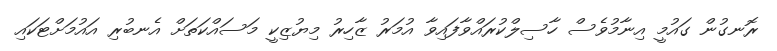
ރޮނގުން ގައުމީ އިނާމުވެސް ހާސިލްކުރައްވާފައިވާ އުމަރު ޒާހިރު މިޔުޒިކީ މަސައްކަތަށް އެނބުރި އައުމަށްޓަކައި